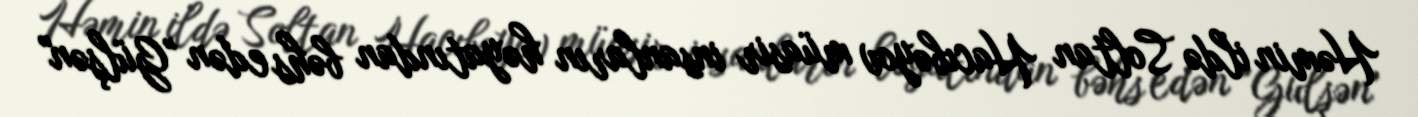
Həmin ildə Soltan Hacıbəyov müasir insanların həyatından bəhs edən "Gülşən"